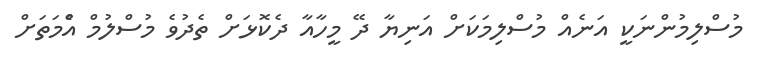
މުސްލިމުންނަކީ އަނެއް މުސްލިމަކަށް އަނިޔާ ދޭ މީހާއާ ދެކޮޅަށް ތެދުވެ މުސްލުމް އުެްމަތަށް